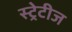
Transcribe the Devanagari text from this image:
स्ट्रेटीज